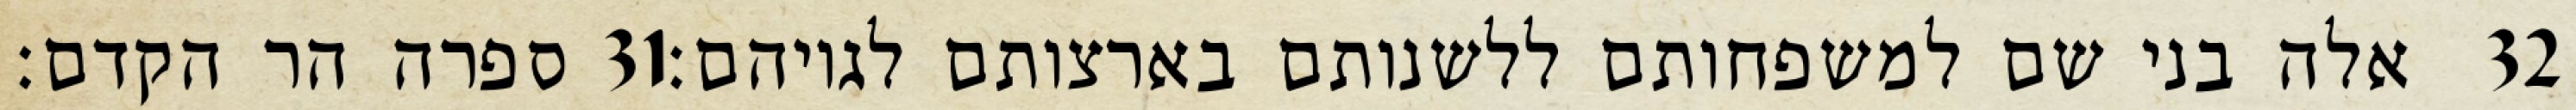
ספרה הר הקדם׃ ‎31‏ אלה בני שם למשפחותם ללשנותם בארצותם לגויהם׃ ‎32‏